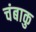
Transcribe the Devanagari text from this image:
चंबाकु